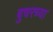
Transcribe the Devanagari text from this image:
बुचरच्या